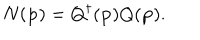
LaTeX: N ( { \bf p } ) = Q ^ { \dagger } ( { \bf p } ) Q ( { \bf p } ) .